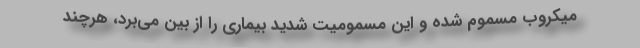
میکروب مسموم شده و این مسمومیت شدید بیماری را از بین می‌برد، هرچند